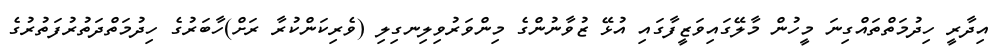
އިދާރީ ހިދުމަތްތައްގިނަ މީހުން މާލޭގައިވަޒީފާގައި އުޅޭ ޒުވާނުންގެ މިންވަރުވިލިނގިލި (ވެރިކަންކުރާ ރަށް)ހާބަރުގެ ހިދުމަތްދަތުރުފަތުރުގެ